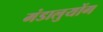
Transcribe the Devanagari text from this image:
मंडालुयोंग